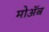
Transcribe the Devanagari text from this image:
मोअॅब